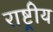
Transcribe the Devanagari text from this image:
राष्ट्रीय